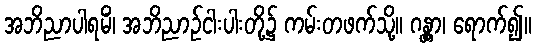
အဘိညာပါရမိံ၊ အဘိညာဉ်ငါးပါးတို့၌ ကမ်းတဖက်သို့။ ဂန္တွာ၊ ရောက်၍။